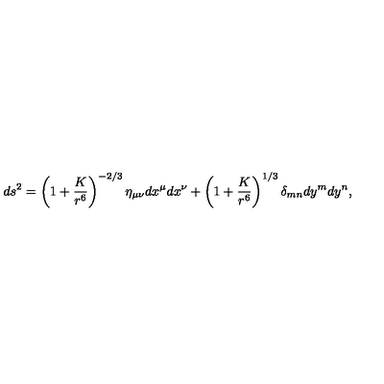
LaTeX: d s ^ { 2 } = \left( 1 + { \frac { K } { r ^ { 6 } } } \right) ^ { - 2 / 3 } \eta _ { \mu \nu } d x ^ { \mu } d x ^ { \nu } + \left( 1 + { \frac { K } { r ^ { 6 } } } \right) ^ { 1 / 3 } \delta _ { m n } d y ^ { m } d y ^ { n } ,